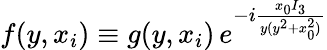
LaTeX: f(y,x_{i})\equiv g(y,x_{i})\, e^{-i\frac{x_{0}I_{3}}{y(y^{2}+x_{0}^{2})}}